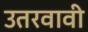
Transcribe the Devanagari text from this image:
उतरवावी